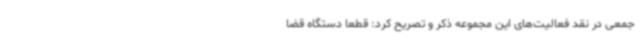
جمعی در نقد فعالیت‌های این مجموعه ذکر و تصریح کرد: قطعاً دستگاه قضا